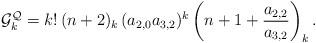
LaTeX: \begin{align*}\mathcal G_k^{\mathcal Q}=k!\,(n+2)_k\,(a_{2,0}a_{3,2})^k\left(n+1+\frac{a_{2,2}}{a_{3,2}}\right)_k.\end{align*}